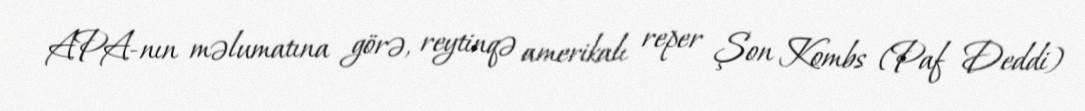
APA-nın məlumatına görə, reytinqə amerikalı reper Şon Kombs (Paf Deddi)